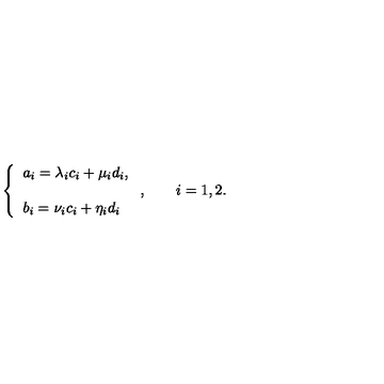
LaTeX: \left\{ \begin{array} { l } { a _ { i } = \lambda _ { i } c _ { i } + \mu _ { i } d _ { i } , } \\ { \vspace { - 2 m m } } \\ { b _ { i } = \nu _ { i } c _ { i } + \eta _ { i } d _ { i } } \\ \end{array} \right. , \qquad i = 1 , 2 .